Report on vaccination in the Province of Bengal - 1869-1873
Year: 1869
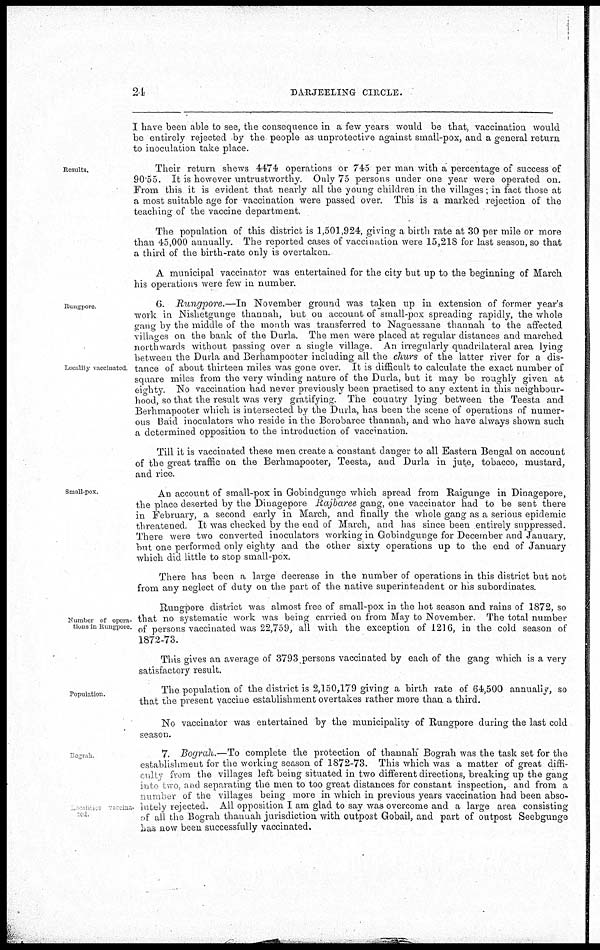
24
DARJEELING CIRCLE.
I have been able to see, the consequence in a few years would be that, vaccination would
be entirely rejected by the people as unprotective against small-pox, and a general return
to inoculation take place.
Results.
Their return shews 4474 operations or 745 per man with a percentage of success of
90.55. It is however untrustworthy. Only 75 persons under one year were operated on.
From this it is evident that nearly all the young children in the villages; in fact those at
a most suitable age for vaccination were passed over. This is a marked rejection of the
teaching of the vaccine department.
The population of this district is 1,501,924, giving a birth rate at 30 per mile or more
than 45,000 annually. The reported cases of vaccination were 15,218 for last season, so that
a third of the birth-rate only is overtaken.
A municipal vaccinator was entertained for the city but up to the beginning of March
his operations were few in number.
Rungpore
Locality vaccinated
6. Rungpore.—In
November ground was taken up in extension of former year's
work in Nishetgunge thannah, but on account of small-pox spreading rapidly, the whole
gang by the middle of the month was transferred to Nagaessane thannah to the affected
villages on the bank of the Durla. The men were placed at regular distances and marched
northwards without passing over a single village. An irregularly quadrilateral area lying
between the Durla and Berhampooter including all the churs of the latter river for a dis-
tance of about thirteen miles was gone over. It is difficult to calculate the exact number of
square miles from the very winding nature of the Durla, but it may be roughly given at
eighty. No vaccination had never previously been practised to any extent in this neighbour-
hood, so that the result was very gratifying. The country lying between the Teesta and
Berhmapooter which is intersected by the Durla, has been the scene of operations of numer-
ous Bard inoculators who reside in the Borobaree thannah, and who have always shown such
a determined opposition to the introduction of vaccination.
Till it is vaccinated these men create a constant danger to all Eastern Bengal on account
of the great traffic on the Berhmapooter, Teesta, and Durla in jute, tobacco, mustard,
and rice.
Small-pox.
An account of small-pox in Gobindgunge which spread from Raigunge in Dinagepore,
the place deserted by the Dinagepore Rajbaree gang, one vaccinator had to be sent there
in February, a second early in March, and finally the whole gang as a serious epidemic
threatened. It was checked by the end of March, and has since been entirely suppressed.
There were two converted inoculators working in Gobindgunge for December and January,
but one performed only eighty and the other sixty operations up to the end of January
which did little to stop small-pox.
There has been a large decrease in the number of operations in this district but not
from any neglect of duty on the part of the native superintendent or his subordinates.
Number of opera-
tions in Rungpore.
Rungpore district was almost free of small-pox in the hot season and rains of 1872, so
that no systematic work was being carried on from May to November. The total number
of persons vaccinated was 22,759, all with the exception of 1216, in the cold season of
1872-73.
This gives an average of 3793 persons vaccinated by each of the gang which is a very
satisfactory result.
Population.
The population of the district is 2,150,179 giving a birth rate of 64,500 annually, so
that the present vaccine establishment overtakes rather more than a third.
No vaccinator was entertained by the municipality of Rungpore during the last cold
season.
Bograh.
Localities vaccina-
ted.
7. Bograh.—To complete the protection of thannah Bograh was the task set for the
establishment for the working season of 1872-73. This which was a matter of great diffi-
culty from the villages left being situated in two different directions, breaking up the gang
into two and separating the men to too great distances for constant inspection, and from a
number of the villages being more in which in previous years vaccination had been abso-
lutely rejected. All opposition I am glad to say was overcome and a large area consisting
of all the Bograh thannah jurisdiction with outpost Gobail, and part of outpost Seebgunge
has now been successfully vaccinated.